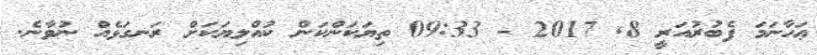
ޢަހާނަމަ ފެބުރުއަރީ 8